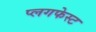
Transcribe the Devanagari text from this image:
प्लगफेस्ट